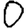
Digit: 0